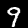
Digit: 9